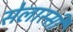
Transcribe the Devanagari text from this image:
सेलास्सी